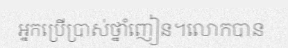
អ្នកប្រើប្រាស់ថ្នាំញៀន។លោកបាន